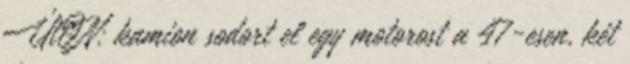
ÚtON: kamion sodort el egy motorost a 47-esen, két